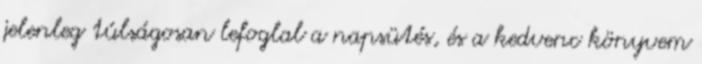
jelenleg túlságosan lefoglal a napsütés, és a kedvenc könyvem